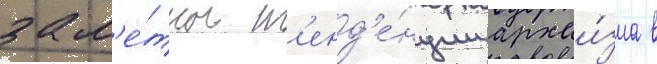
зам'е́тны т'енд'е́нции архаи́зма в